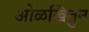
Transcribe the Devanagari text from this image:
ओळखितुन